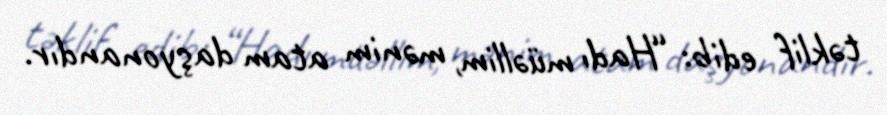
təklif edib: “Hadı müəllim, mənim atam daşyonandır.